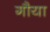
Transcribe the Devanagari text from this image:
गौया